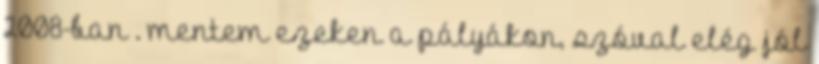
2008-ban . mentem ezeken a pályákon, szóval elég jól